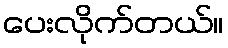
ပေးလိုက်တယ်။